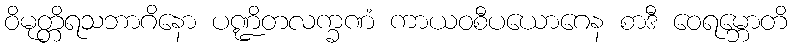
ဝိမုတ္တိရသဘာဂိနော ပဏ္ဍိတလက္ခဏံ ကာယဝစီပယောဂေန စာဒီ ဝေရမ္ဘောတိ